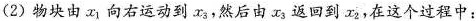
(2)物块由x_{1}向右运动到x_{3}，然后由x_{3}返回到x_{2}，在这个过程中：